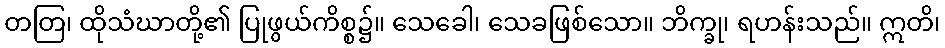
တတြ၊ ထိုသံဃာတို့၏ ပြုဖွယ်ကိစ္စ၌။ သေခေါ၊ သေခဖြစ်သော။ ဘိက္ခု၊ ရဟန်းသည်။ ဣတိ၊